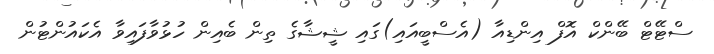
ސްޓޭޓް ބޭންކް އޮފް އިންޑިއާ (އެސްބީއައި)ގައި ޝީޝާގެ ތިން ބެއިން ހުޅުވާފައިވާ އެކައުންޓުން